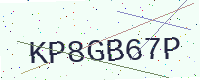
Text: KP8GB67P